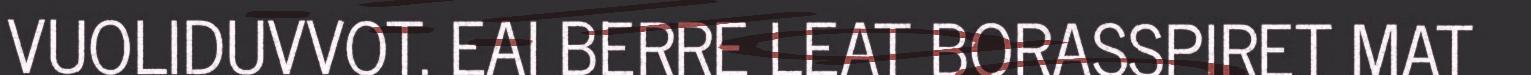
VUOLIDUVVOT. EAI BERRE LEAT BORASSPIRET MAT